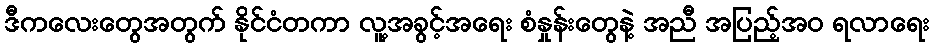
ဒီကလေးတွေအတွက် နိုင်ငံတကာ လူ့အခွင့်အရေး စံနှုန်းတွေနဲ့ အညီ အပြည့်အဝ ရလာရေး